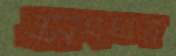
সংঘর্